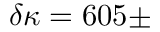
\delta \kappa = 6 0 5 \pm